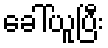
ခေါ်ယူပြီး